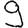
Digit: 9